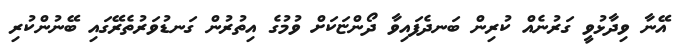
އޭނާ ވިދާޅުވީ ގަރުނެއް ކުރިން ބަނދެފައިވާ ދޯންޏަކަށް ވުމުގެ އިތުރުން ގަނޑުވަރުތެރޭގައި ބޭނުންކުރި